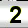
Digit: 2